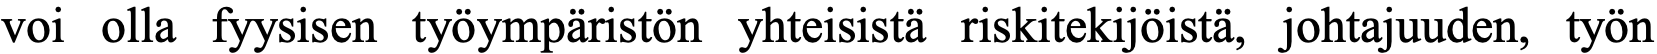
voi olla fyysisen työympäristön yhteisistä riskitekijöistä, johtajuuden, työn